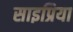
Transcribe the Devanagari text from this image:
साइप्रिया